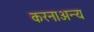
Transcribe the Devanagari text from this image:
करनाअन्य